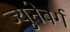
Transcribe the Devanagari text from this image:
ज्युनेबर्ग